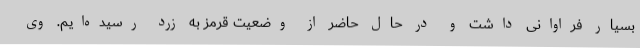
بسیار فراوانی داشت و در حال حاضر از وضعیت قرمز به زرد رسیده‌ایم. وی